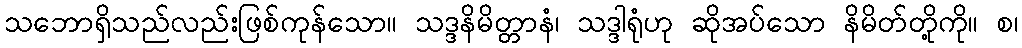
သဘောရှိသည်လည်းဖြစ်ကုန်သော။ သဒ္ဒနိမိတ္တာနံ၊ သဒ္ဒါရုံဟု ဆိုအပ်သော နိမိတ်တို့ကို။ စ၊